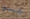
جسم